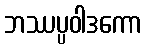
ဘဿပ္ပဝါဒကော